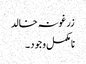
زرغونہ خالد
نامکمل وجود ۔